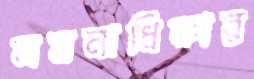
সমনাধিকার